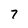
Character: 7